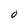
Character: 0